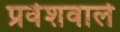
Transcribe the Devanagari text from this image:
प्रवेशवाले